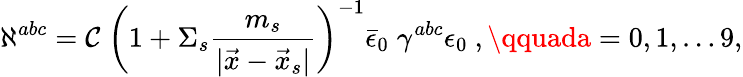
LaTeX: \aleph^{abc}=\mathcal{C}\; \left(1+\Sigma_{s}{\frac{{m_{s}}}{{|\vec{{x}}-\vec{{x}}_{s}|}}}\right)^{-1}\bar{{\epsilon}}_{0}\; \gamma^{abc}\epsilon_{0}\ ,\qquada=0,1,\dots9,